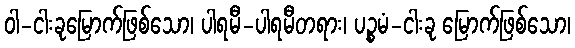
ဝါ-ငါးခုမြောက်ဖြစ်သော၊ ပါရမီ-ပါရမီတရား၊ ပဉ္စမံ-ငါးခု မြောက်ဖြစ်သော၊